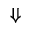
\Downarrow